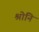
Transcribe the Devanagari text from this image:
श्रोनि